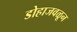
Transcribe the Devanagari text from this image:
डोहाजवळून